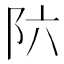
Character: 𲉊